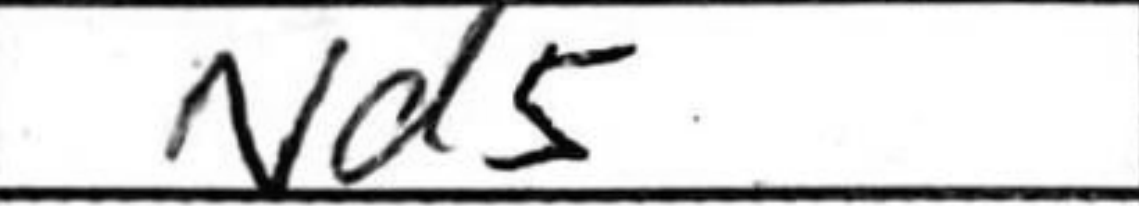
Transcription: Nd5